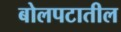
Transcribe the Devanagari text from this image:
बोलपटातील